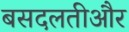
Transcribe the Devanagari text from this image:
बसदलतीऔर